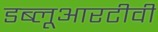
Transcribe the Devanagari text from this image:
डब्लूआरटीवी